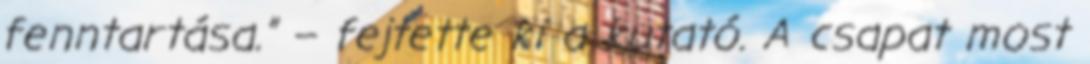
fenntartása.” – fejtette ki a kutató. A csapat most